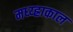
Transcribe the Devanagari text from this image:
मध्य्ह्राकाल